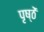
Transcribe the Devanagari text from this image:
पृष्ठें